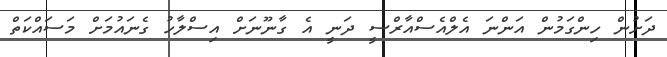
ދަށުން ހިންގަމުން އަންނަ އެލްއެސްއާރްސީ ދަނީ އެ ގާނޫނަށް އިސްލާހު ގެނައުމަށް މަސައްކަތް